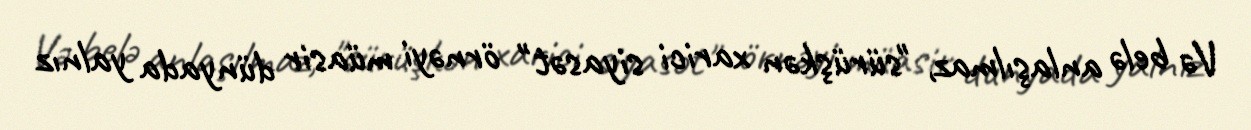
Və belə anlaşılmaz, "sürüşkən xarici siyasət" örnəyi müasir dünyada yalnız